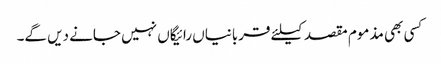
کسی بھی مذموم مقصد کیلئے قربانیاں رائیگاں نہیں جانے دیں گے۔